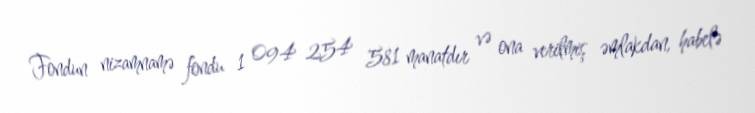
Fondun nizamnamə fondu 1 094 254 581 manatdır və ona verilmiş əmlakdan, habelə